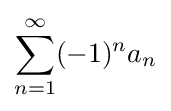
\sum _{n=1}^{\infty }(-1)^{n}a_{n}